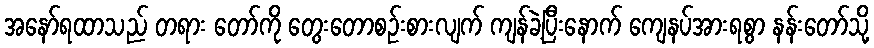
အနော်ရထာသည် တရား တော်ကို တွေးတောစဉ်းစားလျက် ကျန်ခဲ့ပြီးနောက် ကျေနပ်အားရစွာ နန်းတော်သို့